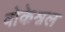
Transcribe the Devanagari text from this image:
वोकेश्नल